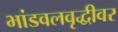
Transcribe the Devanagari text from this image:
भांडवलवृद्धीवर